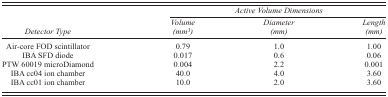
<table><thead><tr><td></td><td colspan="3"><b><i>Active Volume Dimensions</i></b></td></tr><tr><td><b><i>Detector Type</i></b></td><td><b><i>Volume (mm<sup>3</sup>)</i></b></td><td><b><i>Diameter (mm)</i></b></td><td><b><i>Length (mm)</i></b></td></tr></thead><tbody><tr><td>Air‐core FOD scintillator</td><td>0.79</td><td>1.0</td><td>1.00</td></tr><tr><td>IBA SFD diode</td><td>0.017</td><td>0.6</td><td>0.06</td></tr><tr><td>PTW 60019 microDiamond</td><td>0.004</td><td>2.2</td><td>0.001</td></tr><tr><td>IBA cc04 ion chamber</td><td>40.0</td><td>4.0</td><td>3.60</td></tr><tr><td>IBA cc01 ion chamber</td><td>10.0</td><td>2.0</td><td>3.60</td></tr></tbody></table>